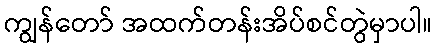
ကျွန်တော် အထက်တန်းအိပ်စင်တွဲမှာပါ။